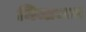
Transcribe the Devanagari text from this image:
मिजाजात